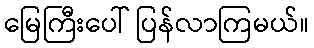
မြေကြီးပေါ် ပြန်လာကြမယ်။